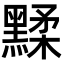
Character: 𪑶